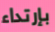
بإرتداء